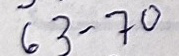
63 - 70